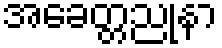
အခေတ္တညုနာ